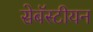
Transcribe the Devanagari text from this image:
सेबॅस्टीयन